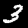
Digit: 3